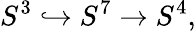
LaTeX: S^{3}\hookrightarrow S^{7}\to S^{4},